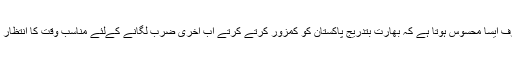
دوسری طرف ایسا محسوس ہوتا ہے کہ بھارت بتدریج پاکستان کو کمزور کرتے کرتے اب آخری ضرب لگانے کےلئے مناسب وقت کا انتظار کر رہا ہے۔